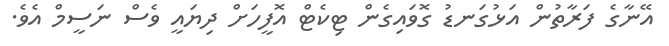
އޭނާގެ ފަރާތުން އަޅުގަނޑު ގޮވައިގެން ޓިކެޓް އޮފީހަށް ދިޔައީ ވެސް ނަސީމް އެވެ.